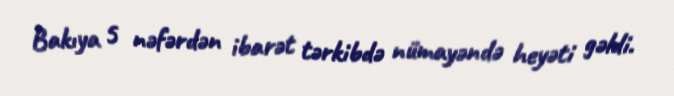
Bakıya 5 nəfərdən ibarət tərkibdə nümayəndə heyəti gəldi.